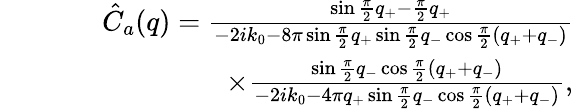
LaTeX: \begin{array}{rlr}&{}&{\hat{C}_{a}(q)=\frac{\sin\frac\pi 2q_{+}-\frac\pi 2q_{+}}{-2ik_{0}-8\pi\sin\frac{\pi}{2}q_{+}\sin\frac\pi 2q_{-}\cos\frac{\pi}{2}(q_{+}+q_{-})}}\\ &{}&{\qquad\qquad\qquad\times\frac{\sin\frac\pi 2q_{-}\cos\frac{\pi}{2}(q_{+}+q_{-})}{-2ik_{0}-4\pi q_{+}\sin\frac\pi 2q_{-}\cos\frac{\pi}{2}(q_{+}+q_{-})},}\end{array}